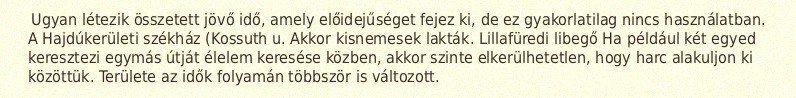
Ugyan létezik összetett jövő idő, amely előidejűséget fejez ki, de ez gyakorlatilag nincs használatban. A Hajdúkerületi székház (Kossuth u. Akkor kisnemesek lakták. Lillafüredi libegő Ha például két egyed keresztezi egymás útját élelem keresése közben, akkor szinte elkerülhetetlen, hogy harc alakuljon ki közöttük. Területe az idők folyamán többször is változott.